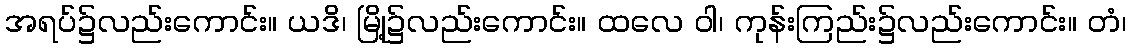
အရပ်၌လည်းကောင်း။ ယဒိ၊ မြို့၌လည်းကောင်း။ ထလေ ဝါ၊ ကုန်းကြည်း၌လည်းကောင်း။ တံ၊